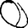
Digit: 0